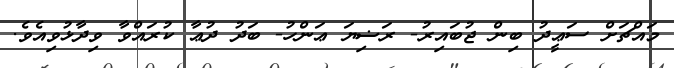
މައްޗަށް ސަޢީދު ބިން ޖުބައިރު- ރަޟިޔަ ޢަންހު- ބަދު ދުޢާ ކުރައްވާ ވިދާޅުވިއެވެ.